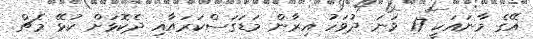
އޭގެ މާނައަކީ 17 ވަނަ ދުވަހު އިރާން މަޑަގަސްކަރައާއި ދެކޮޅަށް ކުޅޭ މެޗް